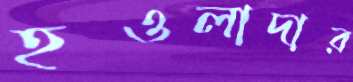
হওলাদার